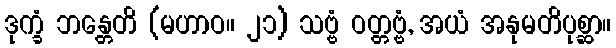
ဒုက္ခံ ဘန္တေတိ (မဟာဝ။ ၂၁) သဗ္ဗံ ဝတ္တဗ္ဗံ, အယံ အနုမတိပုစ္ဆာ။